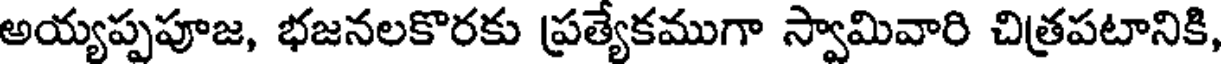
అయ్యప్పపూజ, భజనలకొరకు ప్రత్యేకముగా స్వామివారి చిత్రపటానికి,